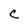
Character: C